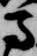
馬